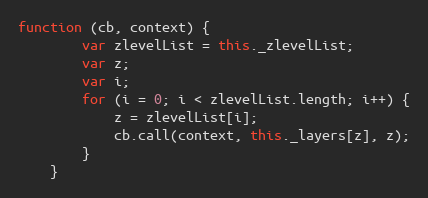
Language: JavaScript
function (cb, context) {
        var zlevelList = this._zlevelList;
        var z;
        var i;
        for (i = 0; i < zlevelList.length; i++) {
            z = zlevelList[i];
            cb.call(context, this._layers[z], z);
        }
    }